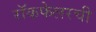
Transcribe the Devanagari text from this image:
रॉकफेलरची